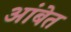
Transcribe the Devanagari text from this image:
आंबेत